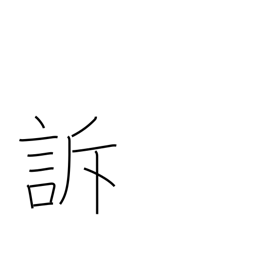
Meaning: complain of pain